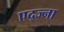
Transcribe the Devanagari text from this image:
एद्ज्ना